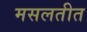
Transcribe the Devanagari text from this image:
मसलतीत